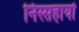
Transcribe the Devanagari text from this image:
निस्सहायों